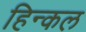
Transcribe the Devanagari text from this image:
हिन्कल